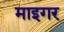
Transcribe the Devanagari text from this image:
माइगर